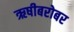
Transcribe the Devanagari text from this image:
ऋषीबरोबर